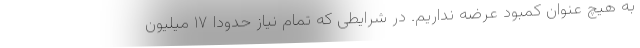
به هیچ عنوان کمبود عرضه نداریم. در شرایطی که تمام نیاز حدودا ۱۷ میلیون